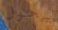
يحول